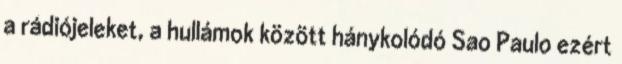
a rádiójeleket, a hullámok között hánykolódó Sao Paulo ezért